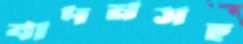
বাদনসহ